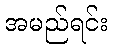
အမည်ရင်း